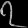
Digit: ၇